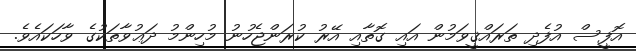
އޮފީސް އުފެދި ތަރައްޤީވަމުން އައި ގޮތާއި އޭރު ކުރަންޖެހުނު މުހިންމު ދަޢުވާތަކުގެ ވާހަކައެވެ.